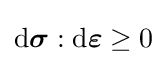
{\text{d}}{\boldsymbol {\sigma }}:{\text{d}}{\boldsymbol {\varepsilon }}\geq 0